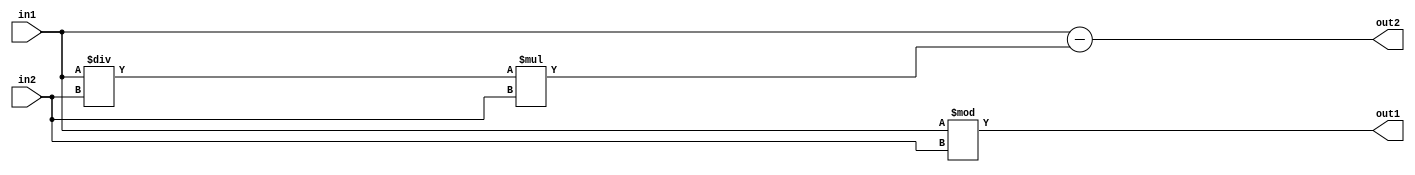
module main(out1, out2, in1, in2);
output [7:0] out1;
output [7:0] out2;
input [7:0] in1;
input [7:0] in2;

assign out1 = in1%in2;
assign out2 = in1-(in1/in2)*in2;
endmodule